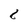
Character: 8